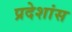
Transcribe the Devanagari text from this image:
प्रदेशांस